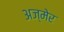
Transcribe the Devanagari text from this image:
अज्मेर